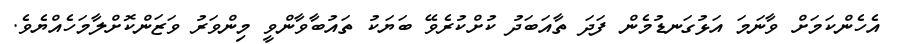
އެހެންކަމަށް ވާނަމަ އަޅުގަނޑުމެން ފަދަ ތާއަބަދު ކުށްކުރެވޭ ބަޔަކު ތައުބާވާންވީ މިންވަރު ވަޒަންކޮށްލާމަހެއްޔެވެ.